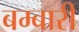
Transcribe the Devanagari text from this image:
बम्बारी